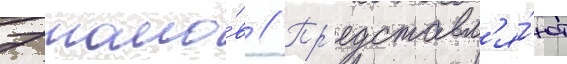
7 томо́в // Пр'едставл'я́ют